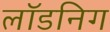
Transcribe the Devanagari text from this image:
लॉडनिग